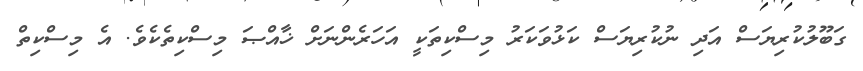
ގަބޫލުކުރިޔަސް އަދި ނުކުރިޔަސް ކަޅުވަކަރު މިސްކިތަކީ އަހަރެންނަށް ޚާއްޞަ މިސްކިތެކެވެ. އެ މިސްކިތް